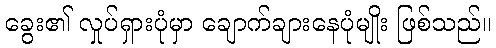
ခွေး၏ လှုပ်ရှားပုံမှာ ချောက်ချားနေပုံမျိုး ဖြစ်သည်။